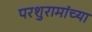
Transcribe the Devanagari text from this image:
परशुरामांच्या